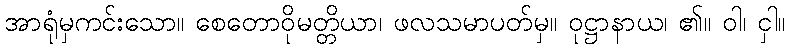
အာရုံမှကင်းသော။ စေတောဝိုမတ္တိယာ၊ ဖလသမာပတ်မှ။ ဝုဋ္ဌာနာယ၊ ၏။ ဝါ၊ ငှါ။